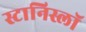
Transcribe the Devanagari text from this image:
स्टानिस्लॉ